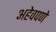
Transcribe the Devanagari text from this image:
अहेवपणे